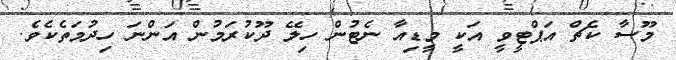
މޫސާ ކެޗް އަޕްޓީވީ އަކީ މީޑިއާ ނެޓުން ހިލޭ ދޫކުރަމުން އަންނަ ހިދުމަތެކެވެ.